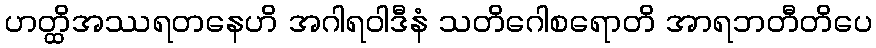
ဟတ္ထိအဿရတနေဟိ အဂါရဝါဒီနံ သတိဂေါစရောတိ အာရဘတီတိပေ